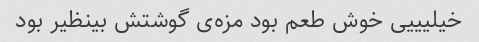
خیلیییی خوش طعم بود مزه‌ی گوشتش بینظیر بود